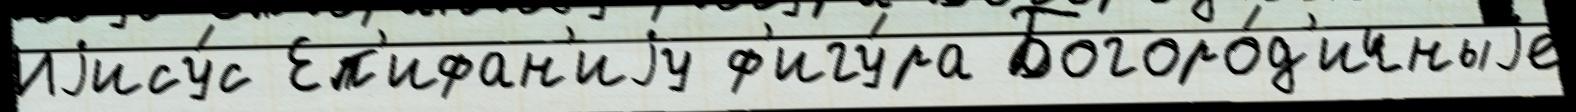
Иjису́с Еп'ифан'иjу ф'игу́ра Богоро́д'ичныjе